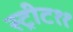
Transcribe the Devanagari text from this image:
स्ट्रीट११